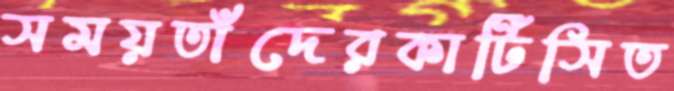
সময়তাঁদেরকার্টিসিত